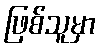
ဖြစ်သူမှာ